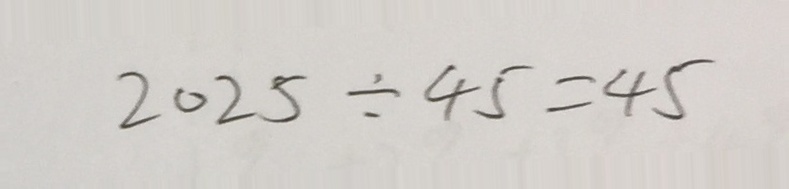
2 0 2 5 \div 4 5 = 4 5